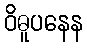
ဝိဓူပနေန